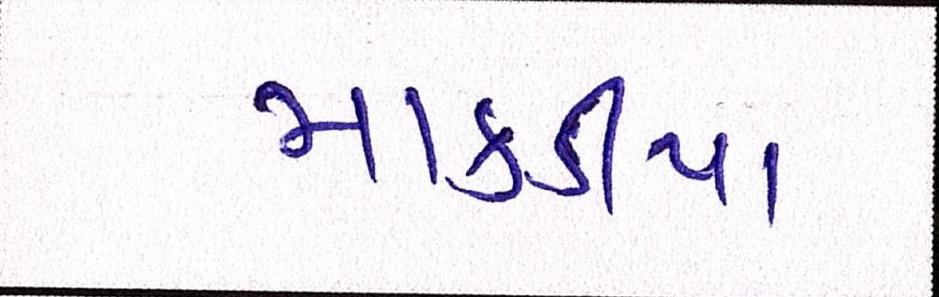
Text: માકડીયા